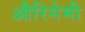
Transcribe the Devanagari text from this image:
औरिगेमी